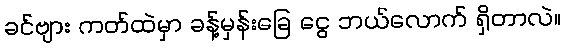
ခင်ဗျား ကတ်ထဲမှာ ခန့်မှန်းခြေ ငွေ ဘယ်လောက် ရှိတာလဲ။